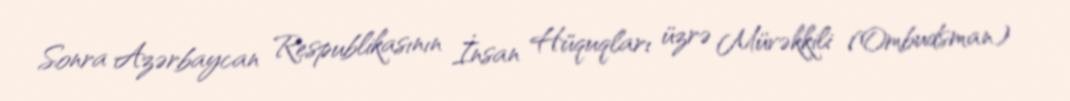
Sonra Azərbaycan Respublikasının İnsan Hüquqları üzrə Müvəkkili (Ombudsman)